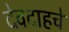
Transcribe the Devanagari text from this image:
देवदाहचे